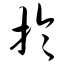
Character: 于